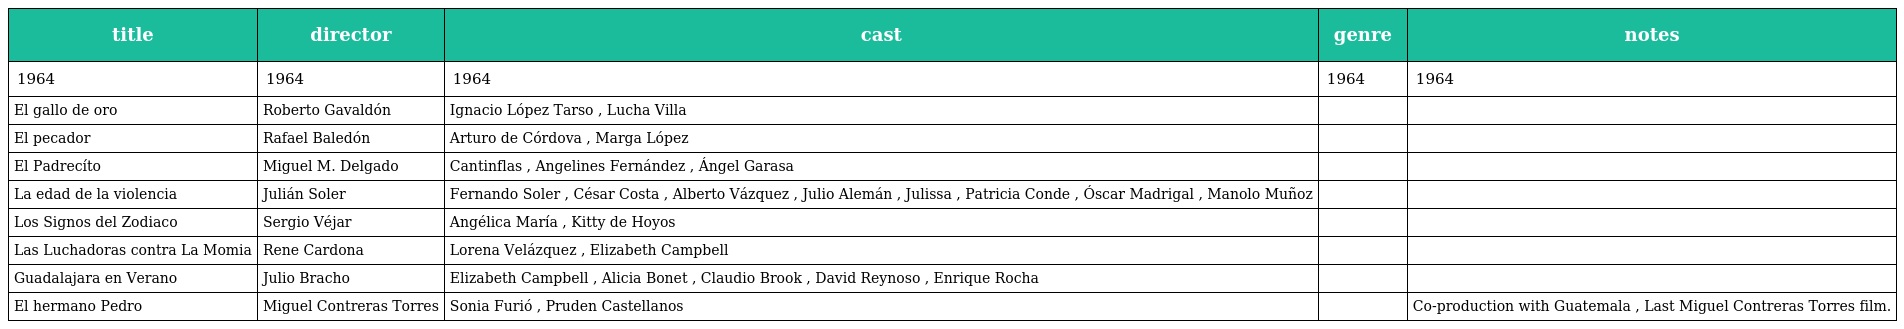
| title | director | cast | genre | notes |
 | --- | --- | --- | --- | --- |
 | 1964 | 1964 | 1964 | 1964 | 1964 |
 | El gallo de oro | Roberto Gavaldón | Ignacio López Tarso , Lucha Villa |  |  |
 | El pecador | Rafael Baledón | Arturo de Córdova , Marga López |  |  |
 | El Padrecíto | Miguel M. Delgado | Cantinflas , Angelines Fernández , Ángel Garasa |  |  |
 | La edad de la violencia | Julián Soler | Fernando Soler , César Costa , Alberto Vázquez , Julio Alemán , Julissa , Patricia Conde , Óscar Madrigal , Manolo Muñoz |  |  |
 | Los Signos del Zodiaco | Sergio Véjar | Angélica María , Kitty de Hoyos |  |  |
 | Las Luchadoras contra La Momia | Rene Cardona | Lorena Velázquez , Elizabeth Campbell |  |  |
 | Guadalajara en Verano | Julio Bracho | Elizabeth Campbell , Alicia Bonet , Claudio Brook , David Reynoso , Enrique Rocha |  |  |
 | El hermano Pedro | Miguel Contreras Torres | Sonia Furió , Pruden Castellanos |  | Co-production with Guatemala , Last Miguel Contreras Torres film. |